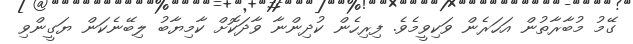
ގޭމު މުބާރާތުން އަހަރެން ވަކިވީމެވެ. ފިރިހެން ކުދިންނާ ވާދަކޮށް ކާމިޔާބު ލިބޭނެކަން ޔަގީންވި